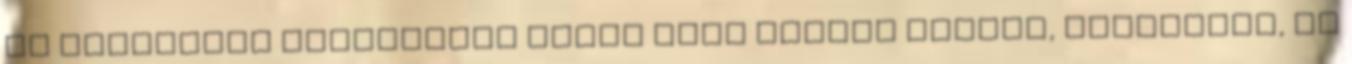
az emberiség történelme során igen széles körben, sokrétűen, és